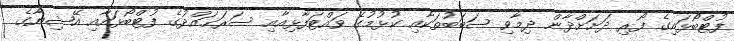
ފުޓްބޯޅައިގެ ފޯރި ދަށަށްދާން ދިމާވި ސަބަބުތަކާއި ކުޅުމުގެ ވައްޓަފާޅިއާއި ސަރަޙައްދުގެ ފުޓްބޯޅައާއި އޭޝިޔާގެ